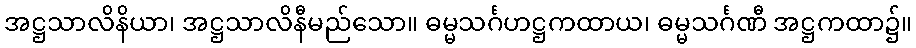
အဋ္ဌသာလိနိယာ၊ အဋ္ဌသာလိနီမည်သော။ ဓမ္မသင်္ဂဟဋ္ဌကထာယ၊ ဓမ္မသင်္ဂဏီ အဋ္ဌကထာ၌။